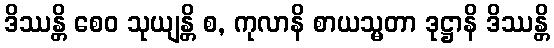
ဒိဿန္တိ စေဝ သုယျန္တိ စ, ကုလာနိ စာယသ္မတာ ဒုဋ္ဌာနိ ဒိဿန္တိ